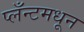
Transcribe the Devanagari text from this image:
प्लँन्टमधून